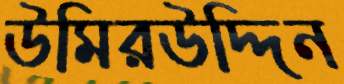
উমিরউদ্দিন